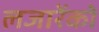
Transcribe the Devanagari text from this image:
लजारेंको